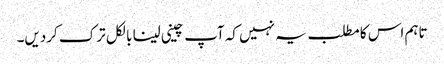
تاہم اس کا مطلب یہ نہیں کہ آپ چینی لینا بالکل ترک کردیں۔